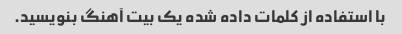
با استفاده از کلمات داده شده یک بیت آهنگ بنویسید.